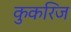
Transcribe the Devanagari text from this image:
कुकरिज